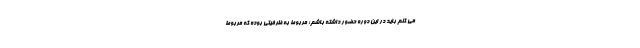
می کنم باید در این دوره حضور داشته باشم؛ مربوط به ظرفیتی بوده که مربوط